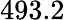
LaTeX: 493.2